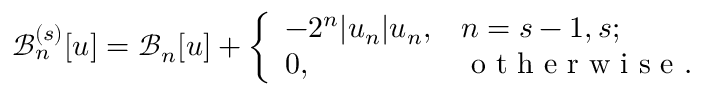
\mathcal { B } _ { n } ^ { ( s ) } [ u ] = \mathcal { B } _ { n } [ u ] + \left\{ \begin{array} { l l } { - 2 ^ { n } | u _ { n } | u _ { n } , } & { n = s - 1 , s ; } \\ { 0 , } & { \textrm { o t h e r w i s e } . } \end{array} \right.